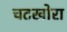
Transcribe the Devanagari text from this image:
चटखोरा